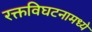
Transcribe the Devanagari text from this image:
रक्तविघटनामध्ये